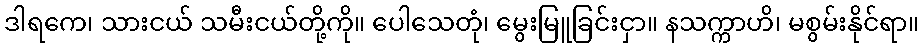
ဒါရကေ၊ သားငယ် သမီးငယ်တို့ကို။ ပေါသေတုံ၊ မွေးမြူခြင်းငှာ။ နသက္ကာဟိ၊ မစွမ်းနိုင်ရာ။